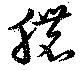
膿